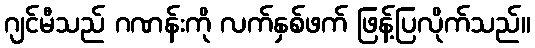
ဂျင်မီသည် ဂဏန်းကို လက်နှစ်ဖက် ဖြန့်ပြလိုက်သည်။